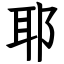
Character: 耶